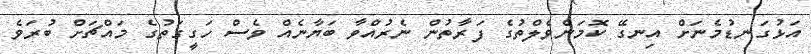
އަޅުގަނޑުމެނަށް އިނގޭ ކޮމަންވެލްތުގެ ފަރާތުން ނެރުއްވާ ބަޔާނެއް ވެސް ހަގީގަތުގެ މައްޗަށް ބުރަވެ